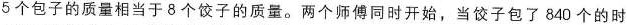
5个包子的质量相当于8个饺子的质量。两个师傅同时开始，当饺子包了840个的时